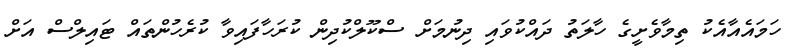
ހަމައެއާއެކު ތިމާވެށީގެ ހާލަތު ދައްކުވައި ދިނުމަށް ސްކޫލްކުދިން ކުރަހާފައިވާ ކުރެހުންތައް ޓައިލްސް އަށް